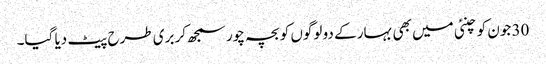
30 جون کو چنئی میں بھی بہار کے دو لوگوں کو بچہ چور سمجھ‌کر بری طرح پیٹ دیا گیا۔